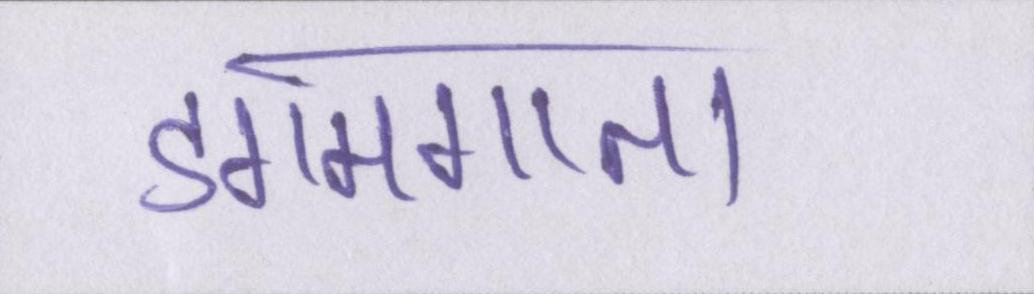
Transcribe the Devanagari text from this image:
डगमगाता